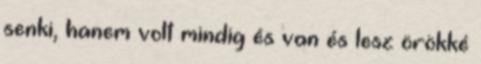
senki, hanem volt mindig és van és lesz örökké